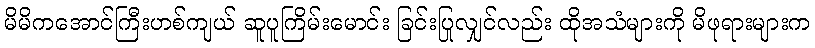
မိမိကအောင်ကြီးဟစ်ကျယ် ဆူပူကြိမ်းမောင်း ခြင်းပြုလျှင်လည်း ထိုအသံများကို မိဖုရားများက